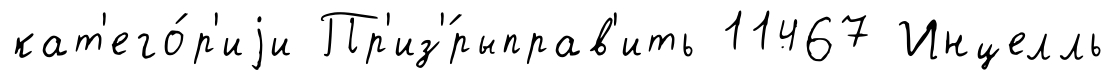
кат'его́р'иjи Пр'из'́рыправ'ить 11467 Инцелль